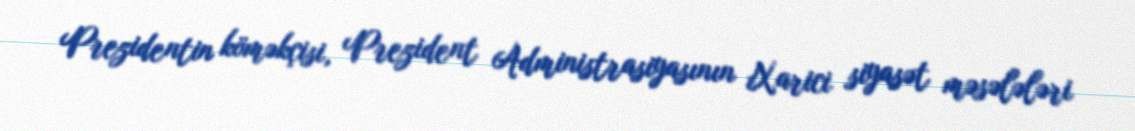
Prezidentin köməkçisi, Prezident Administrasiyasının Xarici siyasət məsələləri